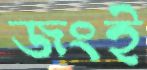
জংই